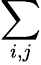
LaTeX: \sum_{i,j}